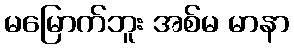
မမြောက်ဘူး အစ်မ မာနာ